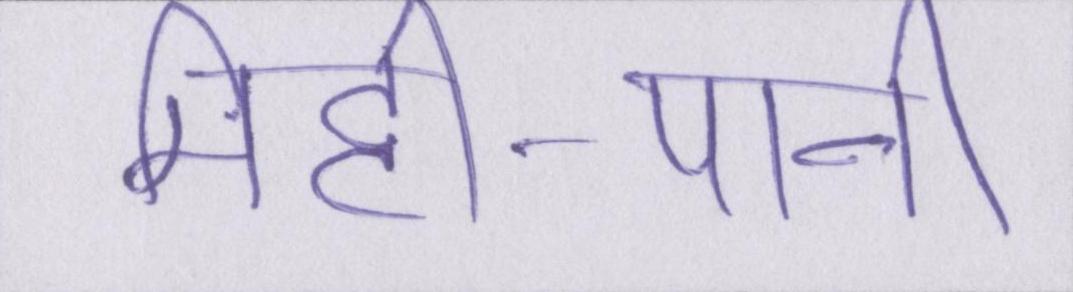
मिट्टी-पानी